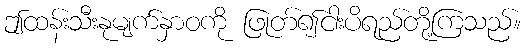
ဤထန်းသီးနုမျက်နှာဝကို ဖြုတ်၍ငါးပိရည်တို့ကြသည်။